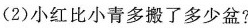
(2)小红比小青多搬了多少盆?